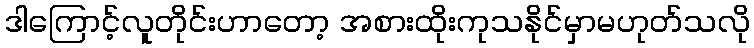
ဒါကြောင့်လူတိုင်းဟာတော့ အစားထိုးကုသနိုင်မှာမဟုတ်သလို